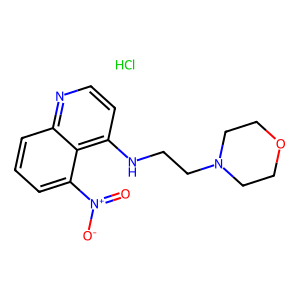
SMILES: Cl.O=[N+]([O-])c1cccc2nccc(NCCN3CCOCC3)c12
Inhibits HIV replication: No